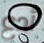
أدع